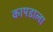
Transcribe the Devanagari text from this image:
कापडाला